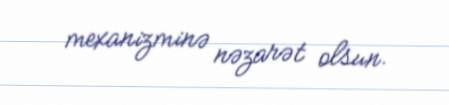
mexanizminə nəzarət olsun.